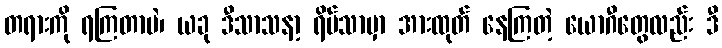
တရားကို ရကြတာပဲ၊ ယခု ဒီသာသနာ့ ရိပ်သာမှာ အားထုတ် နေကြတဲ့ ယောဂီတွေလည်း ဒီ